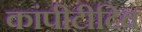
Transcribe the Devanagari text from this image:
कांपीटीटिव